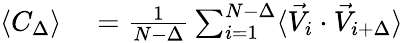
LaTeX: \begin{array}{rl}{\langle C_{\Delta}\rangle}&{{}=\frac{1}{N-\Delta}\sum_{i=1}^{N-\Delta}\langle\vec{V}_{i}\cdot\vec{V}_{i+\Delta}\rangle}\end{array}